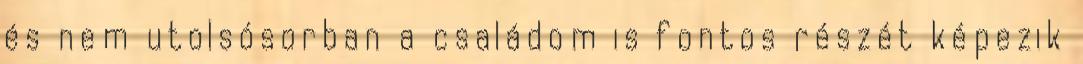
és nem utolsósorban a családom is fontos részét képezik